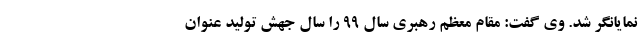
نمایانگر شد. وی گفت: مقام معظم رهبری سال 99 را سال جهش تولید عنوان